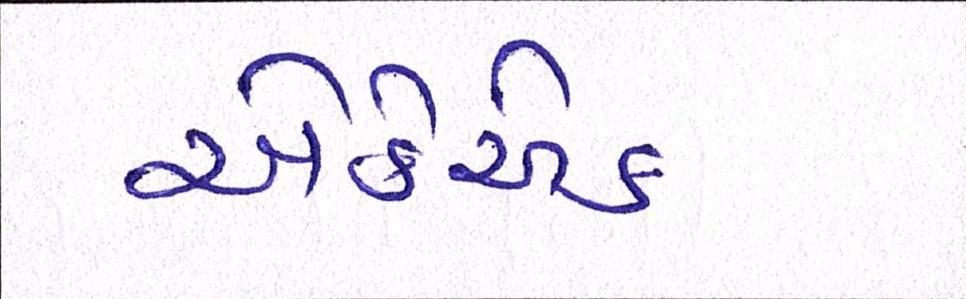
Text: એકેએક